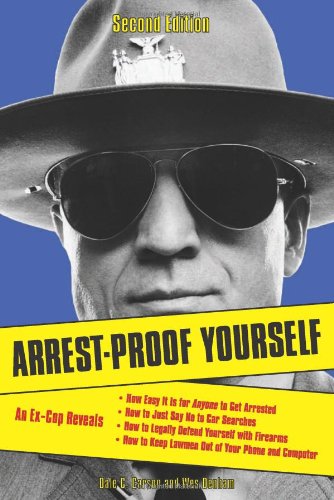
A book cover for Arrest-Proof Yourself; Dale C. Carson; Law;